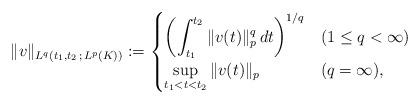
LaTeX: \begin{align*}\|v\|_{L^{q}(t_1,t_2\,;\,L^{p}(K))}:=\begin{cases}\displaystyle \left(\int_{t_1}^{t_2}\|v(t)\|_p^{q}\,dt \right)^{1/q}&(1 \leq q<\infty) \\\displaystyle \sup_{t_1 <t < t_2}\|v(t)\|_p&(q=\infty),\end{cases}\end{align*}